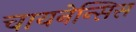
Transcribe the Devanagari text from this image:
चायनेन्सिस